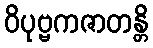
ဝိပုဗ္ဗကဇာတန္တိ